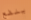
ينفع